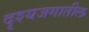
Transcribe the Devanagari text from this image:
दृश्यजगातील